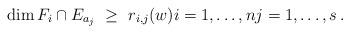
LaTeX: \begin{align*} \dim F_i\cap E_{a_j}\ \geq\ r_{i,j}(w)i=1,\dotsc,nj=1,\dotsc,s\,.\end{align*}